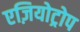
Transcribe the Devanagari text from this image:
एज़ियोट्रोप